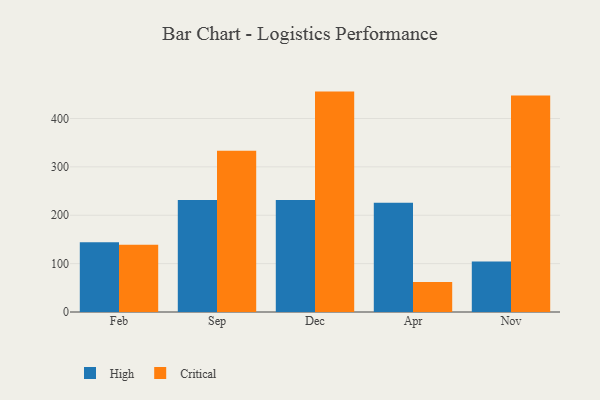
{"axis": {"x": "Month", "y": "Temperature (°C)"}, "legend": ["Critical", "High"], "data": [{"x": "Feb", "y": 144.2, "type": "High"}, {"x": "Feb", "y": 139.0, "type": "Critical"}, {"x": "Sep", "y": 231.4, "type": "High"}, {"x": "Sep", "y": 333.2, "type": "Critical"}, {"x": "Dec", "y": 231.6, "type": "High"}, {"x": "Dec", "y": 455.6, "type": "Critical"}, {"x": "Apr", "y": 225.9, "type": "High"}, {"x": "Apr", "y": 61.9, "type": "Critical"}, {"x": "Nov", "y": 104.3, "type": "High"}, {"x": "Nov", "y": 447.7, "type": "Critical"}]}